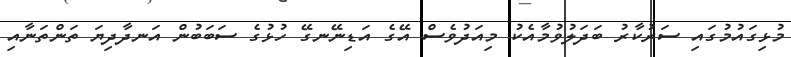
މުޅިގައުމުގައި ސަރުކާރު ބަދަލުވުމާއެކު މިއަދުވެސް އޭގެ އަޑިނޭނގޭ ހުޅުގެ ސަބަބުން އަނދާދިޔަ ތަންތަނާއި